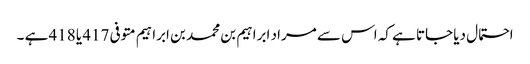
احتمال دیا جاتا ہے کہ اس سے مراد ابراہیم بن محمد بن ابراہیم متوفی 417 یا 418 ہے ۔